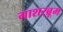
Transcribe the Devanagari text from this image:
गाशरब्रूम